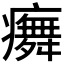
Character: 𭼳